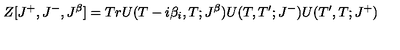
Z [ J ^ { + } , J ^ { - } , J ^ { \beta } ] = T r U ( T - i \beta _ { i } , T ; J ^ { \beta } ) U ( T , T ^ { \prime } ; J ^ { - } ) U ( T ^ { \prime } , T ; J ^ { + } )